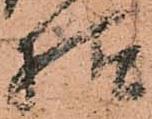
様